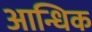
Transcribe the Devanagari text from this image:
आन्धिक